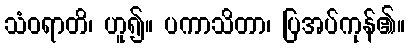
သံဝရာတိ၊ ဟူ၍။ ပကာသိတာ၊ ပြအပ်ကုန်၏။